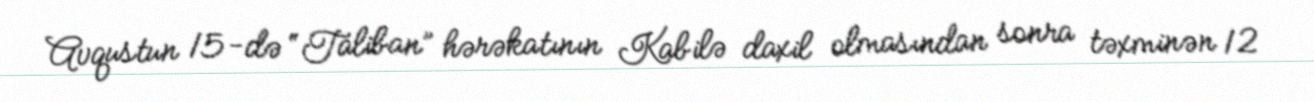
Avqustun 15-də “Taliban” hərəkatının Kabilə daxil olmasından sonra təxminən 12